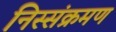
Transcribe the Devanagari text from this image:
निस्संक्रमण